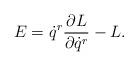
LaTeX: \begin{align*}E = \dot q^r \frac{\partial L}{\partial \dot q^r} - L . \end{align*}